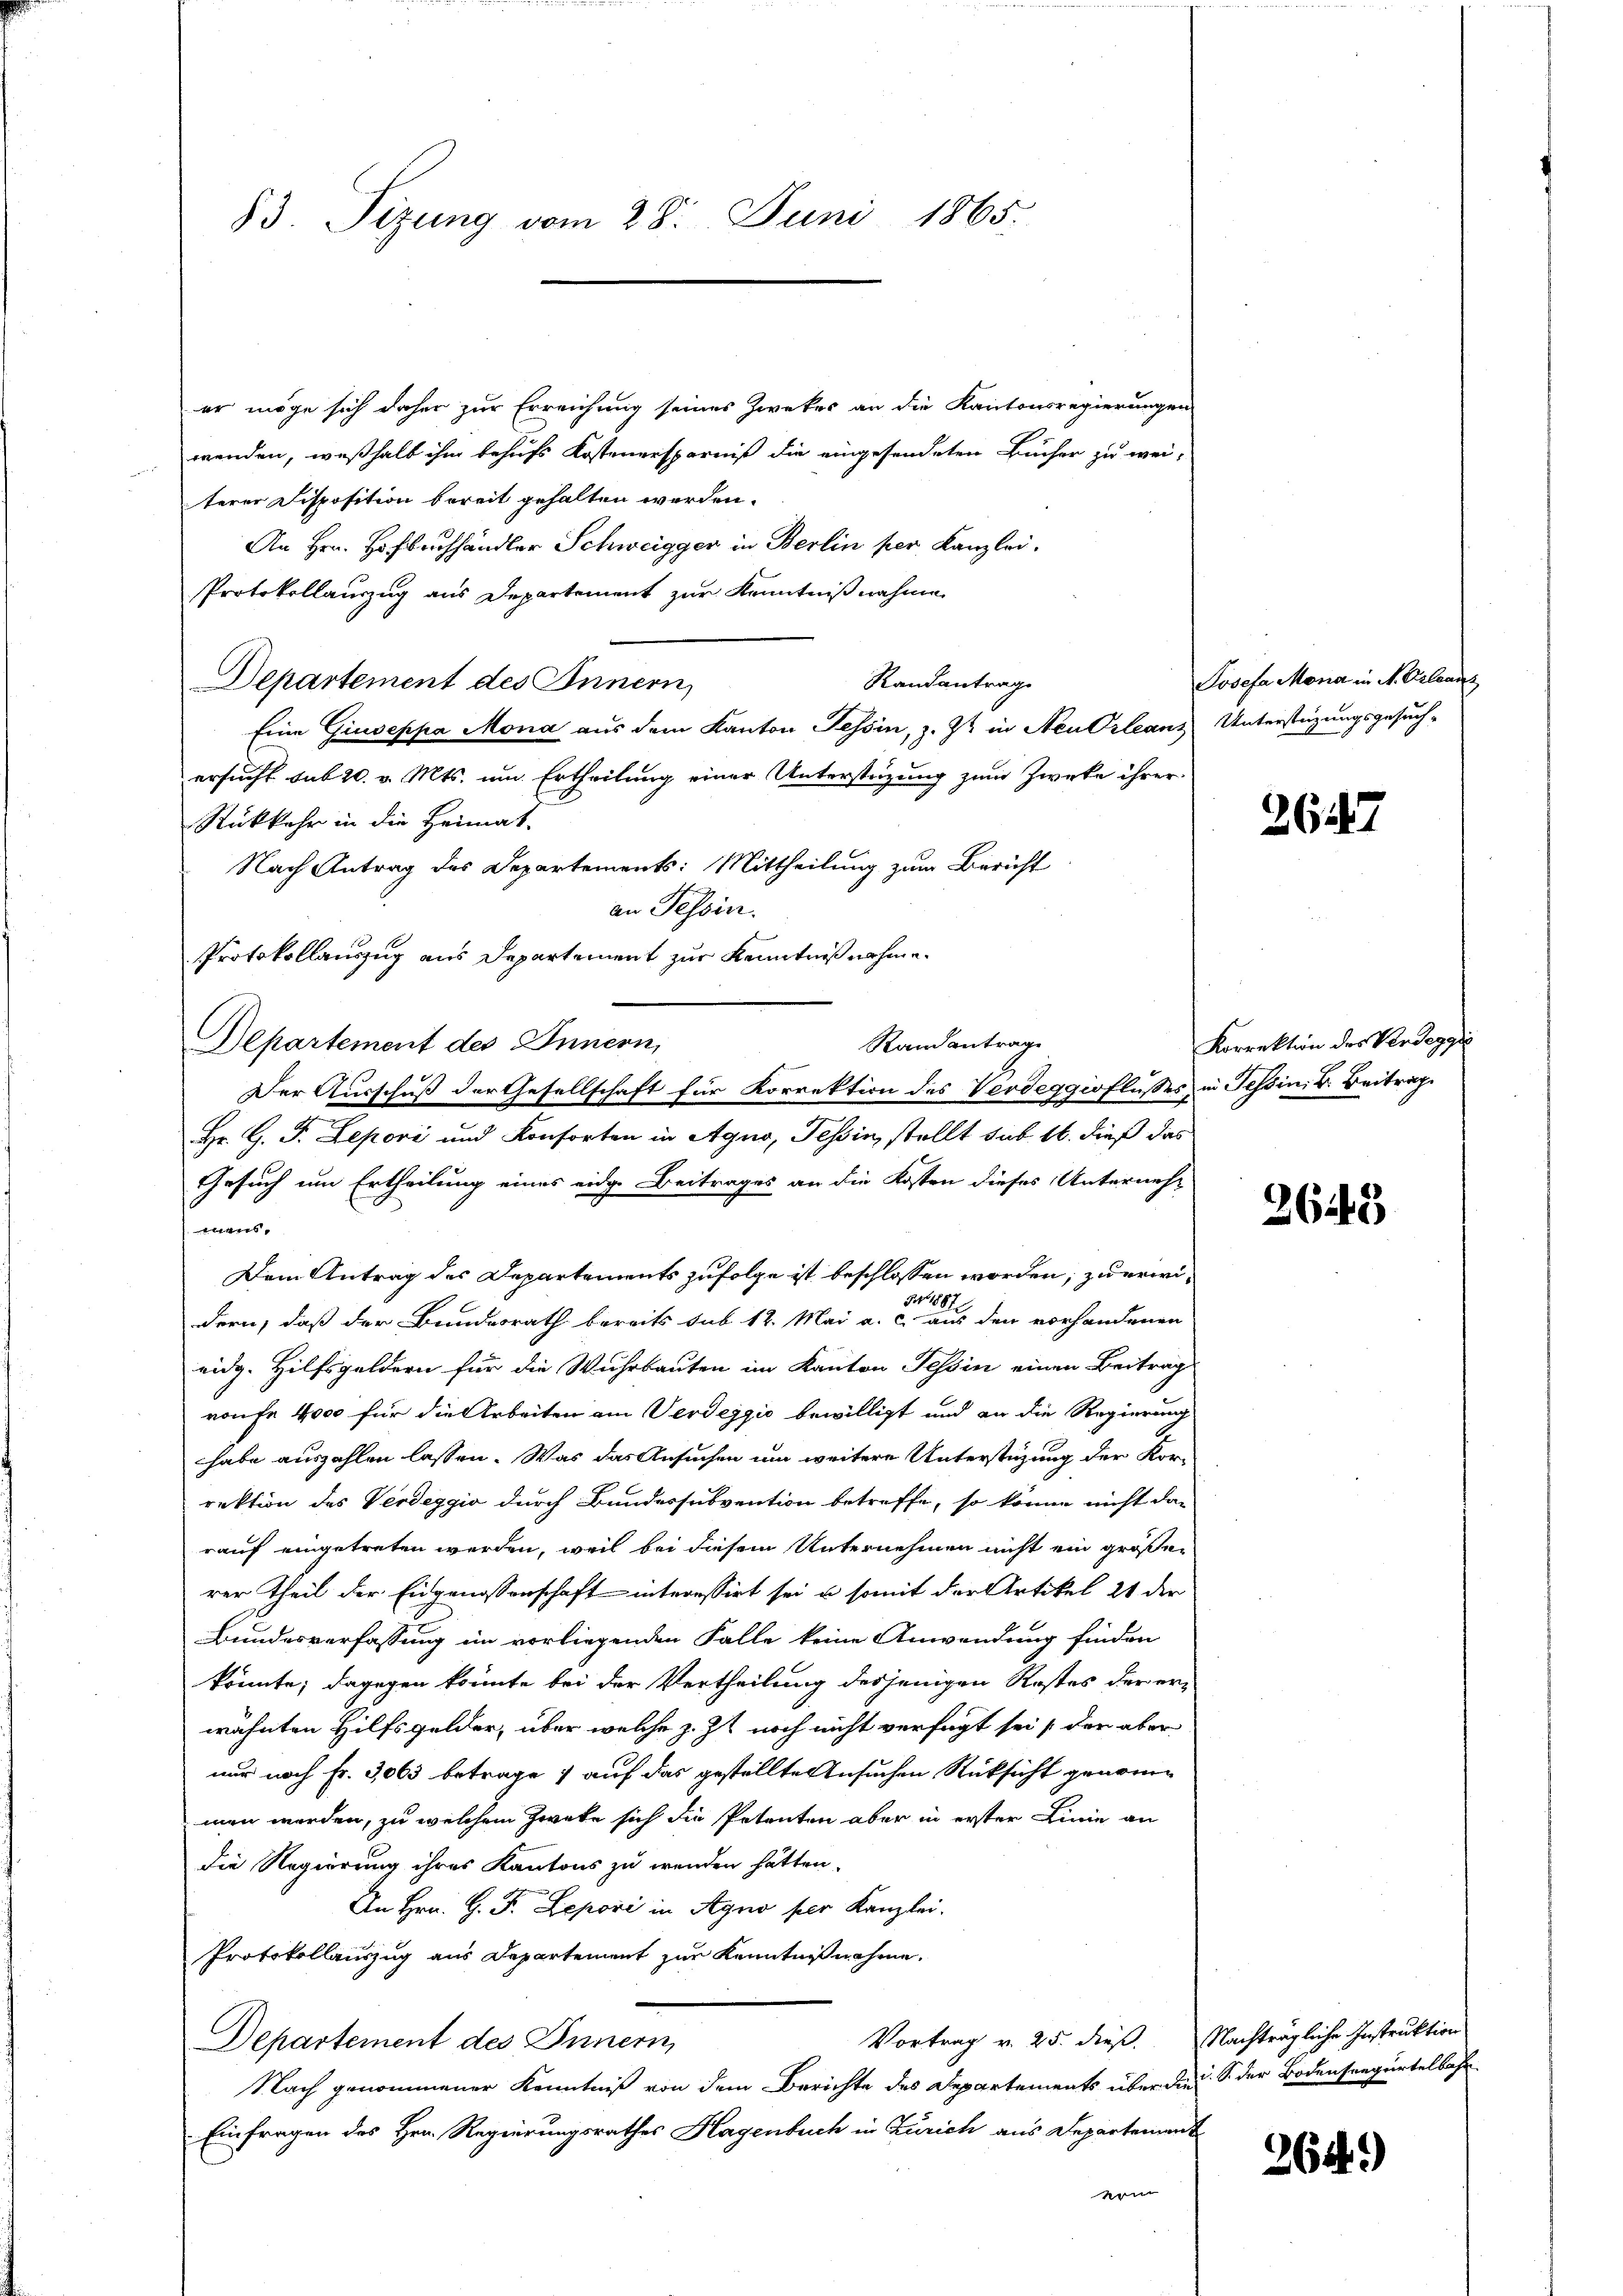
83. Sizung vom 28. Juni 1865.

er möge sich daher zur Erreichung seines Zweker an die Kantonsregierungen
wenden, weßhalb ihm behufs Kostenersparniß die eingesendeten Bücher zu wei-
terer Disposition bereit gehalten werden.
An Hrn. Hofbuchhändler Schweigger in Berlin per Kanzlei.
Protokollauszug aus Departement zur Kenntnißnahmen
Randantrag
Departement des Innern,
Eine Giuseppa Mona aus dem Kanton Tessin, z. Z. in Neu Orleans Unterstüzungsgesuch-
ersucht sub 20. v. Mts. um Ertheilung einer Unterstüzung zum Zwecke ihrer
Rückkehr in die Heimat.
Nach Antrag des Departements: Mittheilung zum Bericht
an Tessin.
Protokollauszug aus Departement zur Kenntniß nahme.
Departement des Innern,
Hr. G. P. Lepori und Konsorten in Agno, Tessin, stellt sub 16. dieß das
Gesuch um Ertheilung eines eidg. Beitrages an die Kosten dieses Unternehs
Dem Antrag des Departements zufolge ist beschlossen worden; zu erwi¬
§ 1887
dern, daß der Bundesrath bereits sub 12. Mai a. c. aus den vorhandenen
eidg. Hilfsgeldern für die Wuhrbauten im Kanton Tessin einen Beitrag
roufe 4000 für die Arbeiten am Verdeggio bewilligt und an die Regierung
habe auszahlen lassen. Was das Ansuchen um weitere Unterstüzung der Kor-
rektion des Verdeggio durch Bundessubvention betreffe, so könne nicht das
rauf eingetreten werden, weil bei diesem Unternehmen nicht ein großen
rer Theil der Eidgenossenschaft interessirt sei, u. somit der Artikel 21 der
Bundesverfassung im vorliegenden Falle keine Anwendung finden
könnte; dagegen könnte bei der Vertheilung desjenigen Kostes der er-
wähnten Hilfsgelder, über welche z. Zt. noch nicht verfügt sei der aber
nur noch Fr. 3063 betrage & auf das gestellte Ansuchen Rücksicht genomme
men werden, zu welchem Zweke sich die Petenten aber in erster Linie an
die Regierung ihres Kantons zu wenden hätten.
An Hrn. G. F. Zepori in Agno per Kanzlei.
Protokollauszug aus Departement zur Kenntnißnahme.
Vortrag v. 25. dieß. Nachträgliche Instruktion
Departement des Innern
Nach genommener Kenntniß von dem Berichte des Departements über die S. der Bodenseegürtelbahr
Einfragen des Hrn. Regierungsrathes Hagenbuch in Zürich aus Departement
mon

Randantrage
Der Ausschuß der Gesellschaft für Korrektion des Verdeggioflusses in Tessin. Dr. Beitrag

Josefa Mona in M. Vrleans

2647

Korrektion der Verdegge

2649

264)